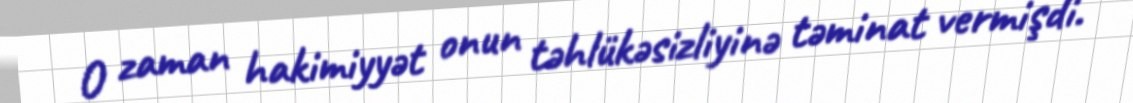
O zaman hakimiyyət onun təhlükəsizliyinə təminat vermişdi.